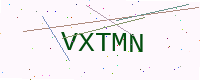
Text: VXTMN